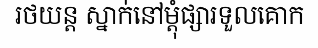
រថយន្ត ស្នាក់នៅម្តុំផ្សារទួលគោក